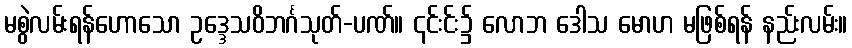
မစွဲလမ်းရန်ဟောသော ဥဒ္ဒေသဝိဘင်္ဂသုတ်-ပဏ်။ ၎င်းင်း၌ လောဘ ဒေါသ မောဟ မဖြစ်ရန် နည်းလမ်း။